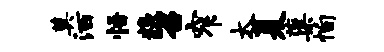
奠洒悟糗召窄太夏蕖恂